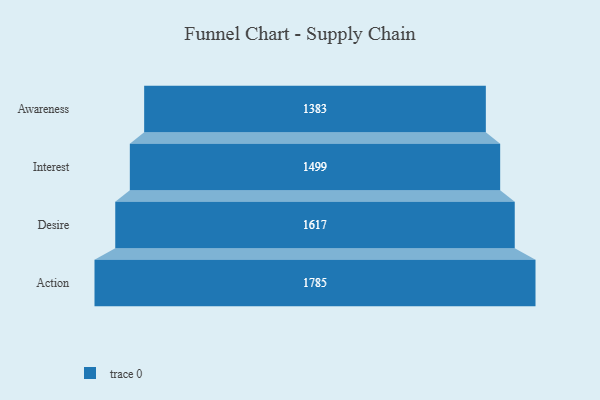
{"axis": {"x": "Stage", "y": "Value"}, "legend": [""], "data": [{"x": "Awareness", "y": 1383.0, "type": ""}, {"x": "Interest", "y": 1499.0, "type": ""}, {"x": "Desire", "y": 1617.0, "type": ""}, {"x": "Action", "y": 1785.0, "type": ""}]}